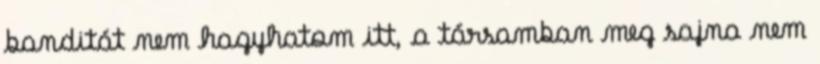
banditát nem hagyhatom itt, a társamban meg sajna nem